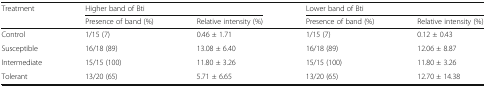
<table><thead><tr><td rowspan="2"><b>Treatment</b></td><td colspan="2"><b>Higher band of Bti</b></td><td colspan="2"><b>Lower band of Bti</b></td></tr><tr><td><b>Presence of band (%)</b></td><td><b>Relative intensity (%)</b></td><td><b>Presence of band (%)</b></td><td><b>Relative intensity (%)</b></td></tr></thead><tbody><tr><td>Control</td><td>1/15 (7)</td><td>0.46 ± 1.71</td><td>1/15 (7)</td><td>0.12 ± 0.43</td></tr><tr><td>Susceptible</td><td>16/18 (89)</td><td>13.08 ± 6.40</td><td>16/18 (89)</td><td>12.06 ± 8.87</td></tr><tr><td>Intermediate</td><td>15/15 (100)</td><td>11.80 ± 3.26</td><td>15/15 (100)</td><td>11.80 ± 3.26</td></tr><tr><td>Tolerant</td><td>13/20 (65)</td><td>5.71 ± 6.65</td><td>13/20 (65)</td><td>12.70 ± 14.38</td></tr></tbody></table>